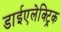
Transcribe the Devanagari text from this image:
डाईएलेक्ट्रिक